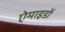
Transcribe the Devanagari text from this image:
ऐमाइडों